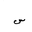
Letter: _sin